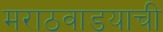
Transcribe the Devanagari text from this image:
मराठवाडयाची